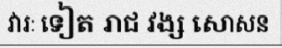
វារៈ ទៀត រាជ វង្ស សោសន